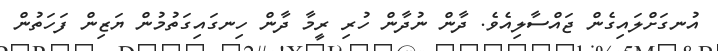
އުނގަށްލައިގެން ޖައްސާލިއެވެ. ދާން ނުދާން ހުރި ރީމާ ދާން ހިނގައިގަތުމުން ޔަޒިން ފަހަތުން